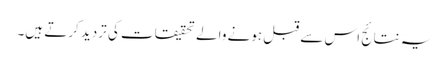
یہ نتائج اس سے قبل ہونے والے تحقیقات کی تردید کرتے ہیں۔